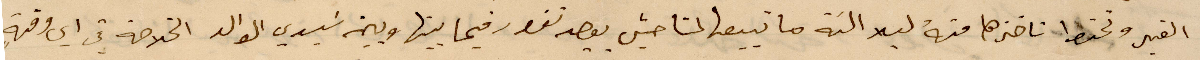
القهر وتحفظ ناخذها منه لبلا النة ما تبيعها %% %% فيما بينها وبين سيدي الوالد الخلاصة في أي وقهة